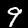
Digit: 9